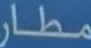
مطار